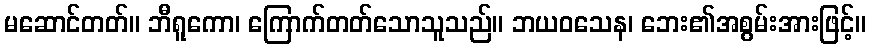
မဆောင်တတ်။ ဘီရူကော၊ ကြောက်တတ်သောသူသည်။ ဘယဝသေန၊ ဘေး၏အစွမ်းအားဖြင့်။